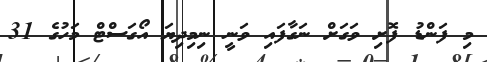
މި ފަންޑު ފޮށި ވަގަށް ނަގާފައި ވަނީ ނިމިދިޔަ އޯގަސްޓް މަހުގެ 31